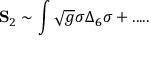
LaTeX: { \bf S } _ { 2 } \sim \int \sqrt { g } \sigma \Delta _ { 6 } \sigma + . . . . .